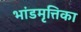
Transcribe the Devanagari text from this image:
भांडमृत्तिका